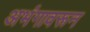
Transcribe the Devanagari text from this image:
अभंगावरून